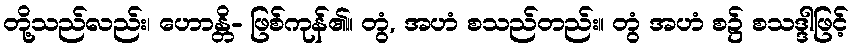
တို့သည်လည်း၊ ဟောန္တိ- ဖြစ်ကုန်၏။ တွံ, အဟံ စသည်တည်း။ တွံ အဟံ စ၌ စသဒ္ဒါဖြင့်